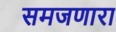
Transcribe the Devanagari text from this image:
समजणारा